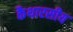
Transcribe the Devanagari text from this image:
कैथारसीय